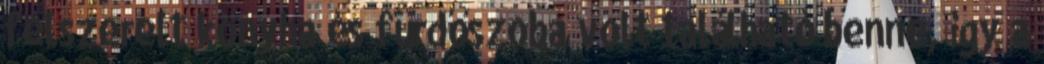
felszerelt konyha és fürdőszoba volt található benne, így a